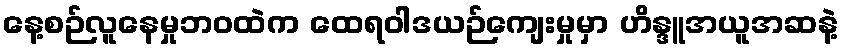
နေ့စဉ်လူနေမှုဘဝထဲက ထေရဝါဒယဉ်ကျေးမှုမှာ ဟိန္ဒူအယူအဆနဲ့